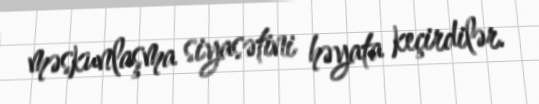
məskunlaşma siyasətini həyata keçirdilər.